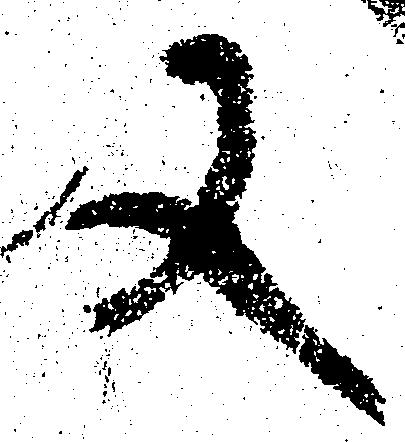
又